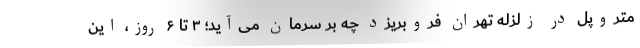
متروپل در زلزله تهران فروبریزد چه بر سرمان می‌آید؛ ۳ تا ۶ روز، این